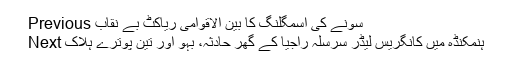
Previous سونے کی اسمگلنگ کا بین الاقوامی ریاکٹ بے نقاب
Next ہنمکنڈہ میں کانگریس لیڈر سرسلہ راجیا کے گھر حادثہ، بہو اور تین پوترے ہلاک